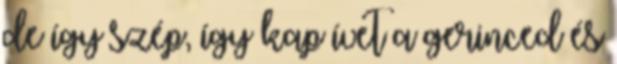
de így szép, így kap ívet a gerinced és